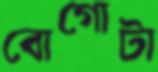
বোগোটা